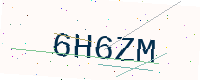
Text: 6H6ZM